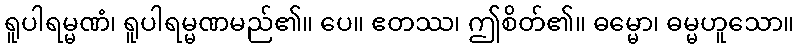
ရူပါရမ္မဏံ၊ ရူပါရမ္မဏမည်၏။ ပေ။ ဧတဿ၊ ဤစိတ်၏။ ဓမ္မော၊ ဓမ္မဟူသော။